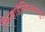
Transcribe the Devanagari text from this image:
फिलाडेल्फियामधून